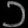
Digit: ၁